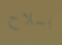
بسلاح